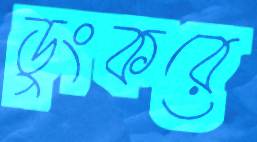
ডুংকরে